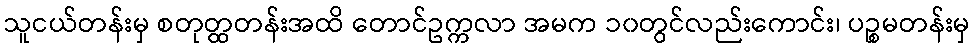
သူငယ်တန်းမှ စတုတ္ထတန်းအထိ တောင်ဥက္ကလာ အမက ၁၀တွင်လည်းကောင်း၊ ပဉ္စမတန်းမှ